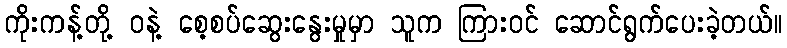
ကိုးကန့်တို့ ဝနဲ့ စေ့စပ်ဆွေးနွေးမှုမှာ သူက ကြားဝင် ဆောင်ရွက်ပေးခဲ့တယ်။